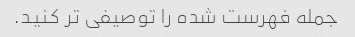
جمله فهرست شده را توصیفی تر کنید.